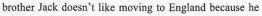
brother Jack doesn't like moving to England because he